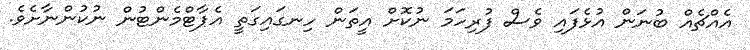
އެއްޗެއް ބުނަން އުޅެފައި ވެސް ފުރިހަމަ ނުކޮށް އީތަން ހިނގައިގަތީ އެޕާޓްމެންޓުން ނުކުންނާށެވެ.